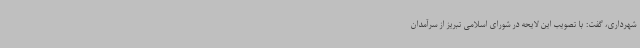
شهرداری، گفت: با تصویب این لایحه در شورای اسلامی تبریز از سرآمدان